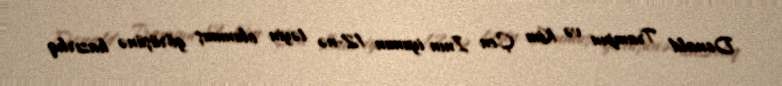
Donald Trampın və Kim Çen Inın iyunun 12-nə təyin olunmuş görüşünə hazırlıq